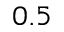
0 . 5